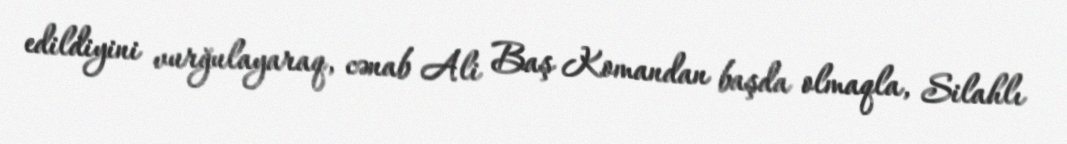
edildiyini vurğulayaraq, cənab Ali Baş Komandan başda olmaqla, Silahlı